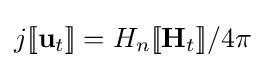
j[\![\mathbf {u} _{t}]\!]=H_{n}[\![\mathbf {H} _{t}]\!]/4\pi